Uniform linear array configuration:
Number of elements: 8
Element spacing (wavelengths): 0.75
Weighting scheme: hamming
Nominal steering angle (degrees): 0
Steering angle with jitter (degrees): -1.139
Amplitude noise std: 0.05
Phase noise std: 0.05

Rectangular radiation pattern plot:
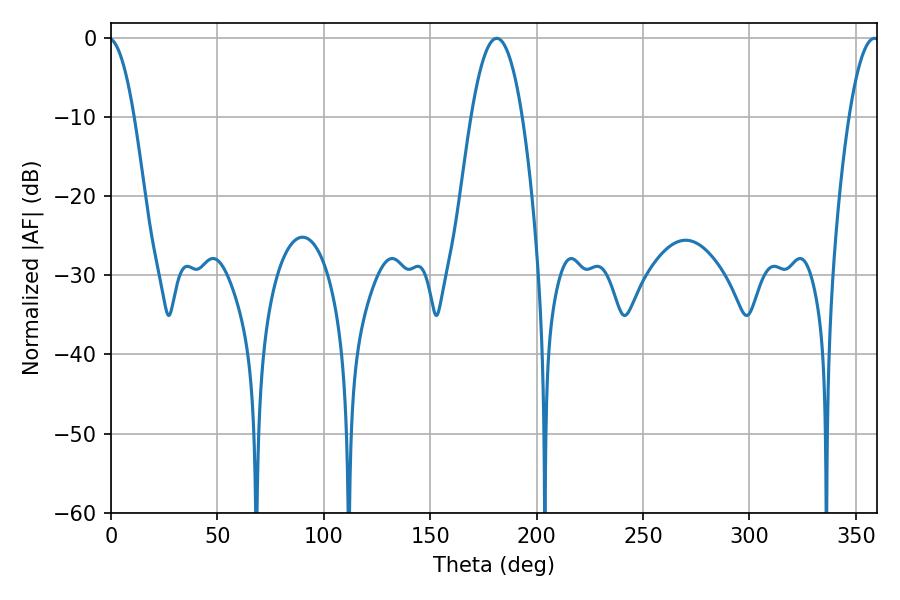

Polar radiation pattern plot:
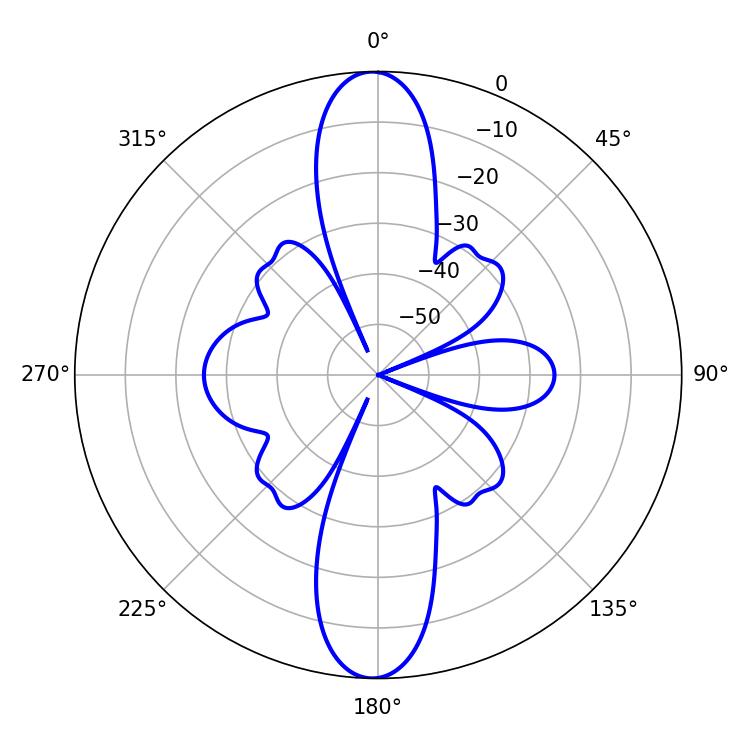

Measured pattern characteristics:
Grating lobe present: TRUE
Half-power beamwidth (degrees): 7.92
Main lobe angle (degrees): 358.74